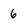
Character: 6